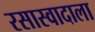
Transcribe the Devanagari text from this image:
रसास्वादाला